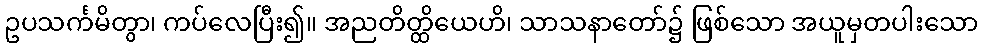
ဥပသင်္ကမိတွာ၊ ကပ်လေပြီး၍။ အညတိတ္ထိယေဟိ၊ သာသနာတော်၌ ဖြစ်သော အယူမှတပါးသော